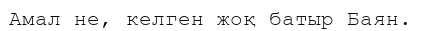
Амал не, келген жоқ батыр Баян.